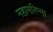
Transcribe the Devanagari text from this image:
महामरिम्मा